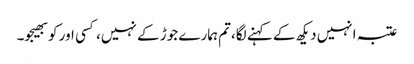
عتبہ انہیں دیکھ کے کہنے لگا،تم ہمارے جوڑ کے نہیں، کسی اور کو بھیجو۔